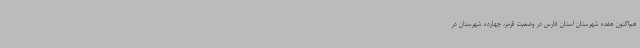
هم‌اکنون هفده شهرستان استان فارس در وضعیت قرمز، چهارده شهرستان در